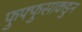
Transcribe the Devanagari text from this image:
फुफ्फुसाकडुन